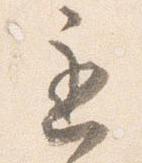
遅